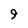
Character: 9